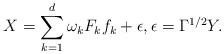
LaTeX: \begin{align*}X = \sum_{k =1}^d \omega_k F_{k} f_k + \epsilon, \epsilon = \Gamma^{1/2}Y.\end{align*}